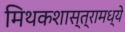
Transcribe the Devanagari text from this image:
मिथकशास्त्रामध्ये